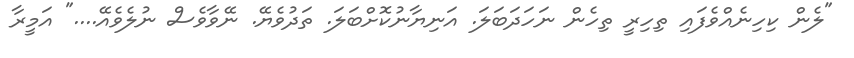
"ލެން ކިހިނެއްވެފައި ތިހިރީ ތިހެން ނަހަދަބަލަ. އަނިޔާނުކޮށްބަލަ. ތަދުވެޔޭ. ނޭވާވެސް ނުލެވެއޭ...." އަމީރާ